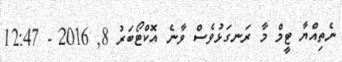
ނެތިއްޔާ ޓީމް މާ ރަނގަޅުވެސް ވާނެ އޮކްޓޯބަރު 8